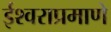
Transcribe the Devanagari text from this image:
ईश्वराप्रमाणे